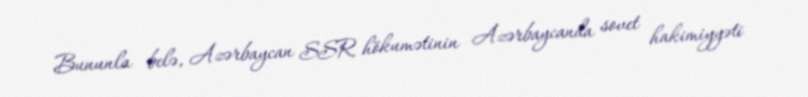
Bununla belə, Azərbaycan SSR hökumətinin Azərbaycanda sovet hakimiyyəti